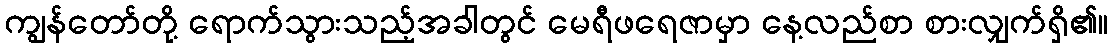
ကျွန်တော်တို့ ရောက်သွားသည့်အခါတွင် မေရီဖရေဇာမှာ နေ့လည်စာ စားလျှက်ရှိ၏။